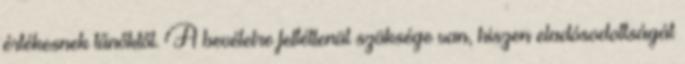
értékesnek tűnőktől. A bevételre feltétlenül szüksége van, hiszen eladósodottságát